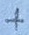
Text: +